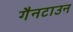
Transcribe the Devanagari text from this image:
गैनटाउन